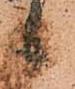
ニ